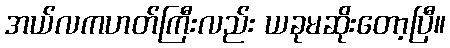
အယ်လကဟတ်ကြီးလည်း ယခုမဆိုးတော့ပြီ။